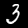
Digit: 3